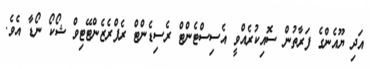
އަދި ޔޫއެންގެ ފަރާތުން ސޮއިކުރެއްވީ އެސިސްޓެންޓް ރެސިޑެންޓް ރެޕްރެޒެންޓޭޓިވް ޝޯކޯ ނޯޑާ އެވެ.